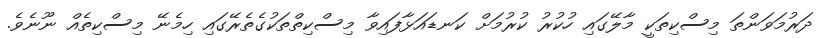
ދަރުމަވަންތަ މިސްކިތަކީ މާލޭގައި ހުކުރު ކުރުމަށް ކަނޑައަޅާފައިވާ މިސްކިތްތަކުގެތެރޭގައި ހިމެނޭ މިސްކިތެއް ނޫނެވެ.